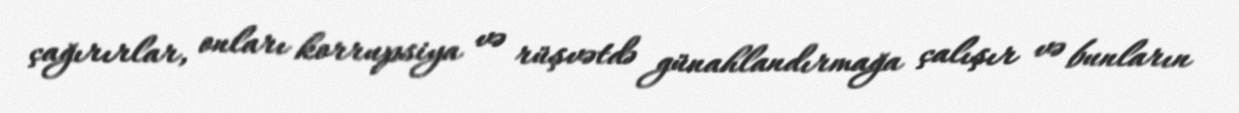
çağırırlar, onları korrupsiya və rüşvətdə günahlandırmağa çalışır və bunların